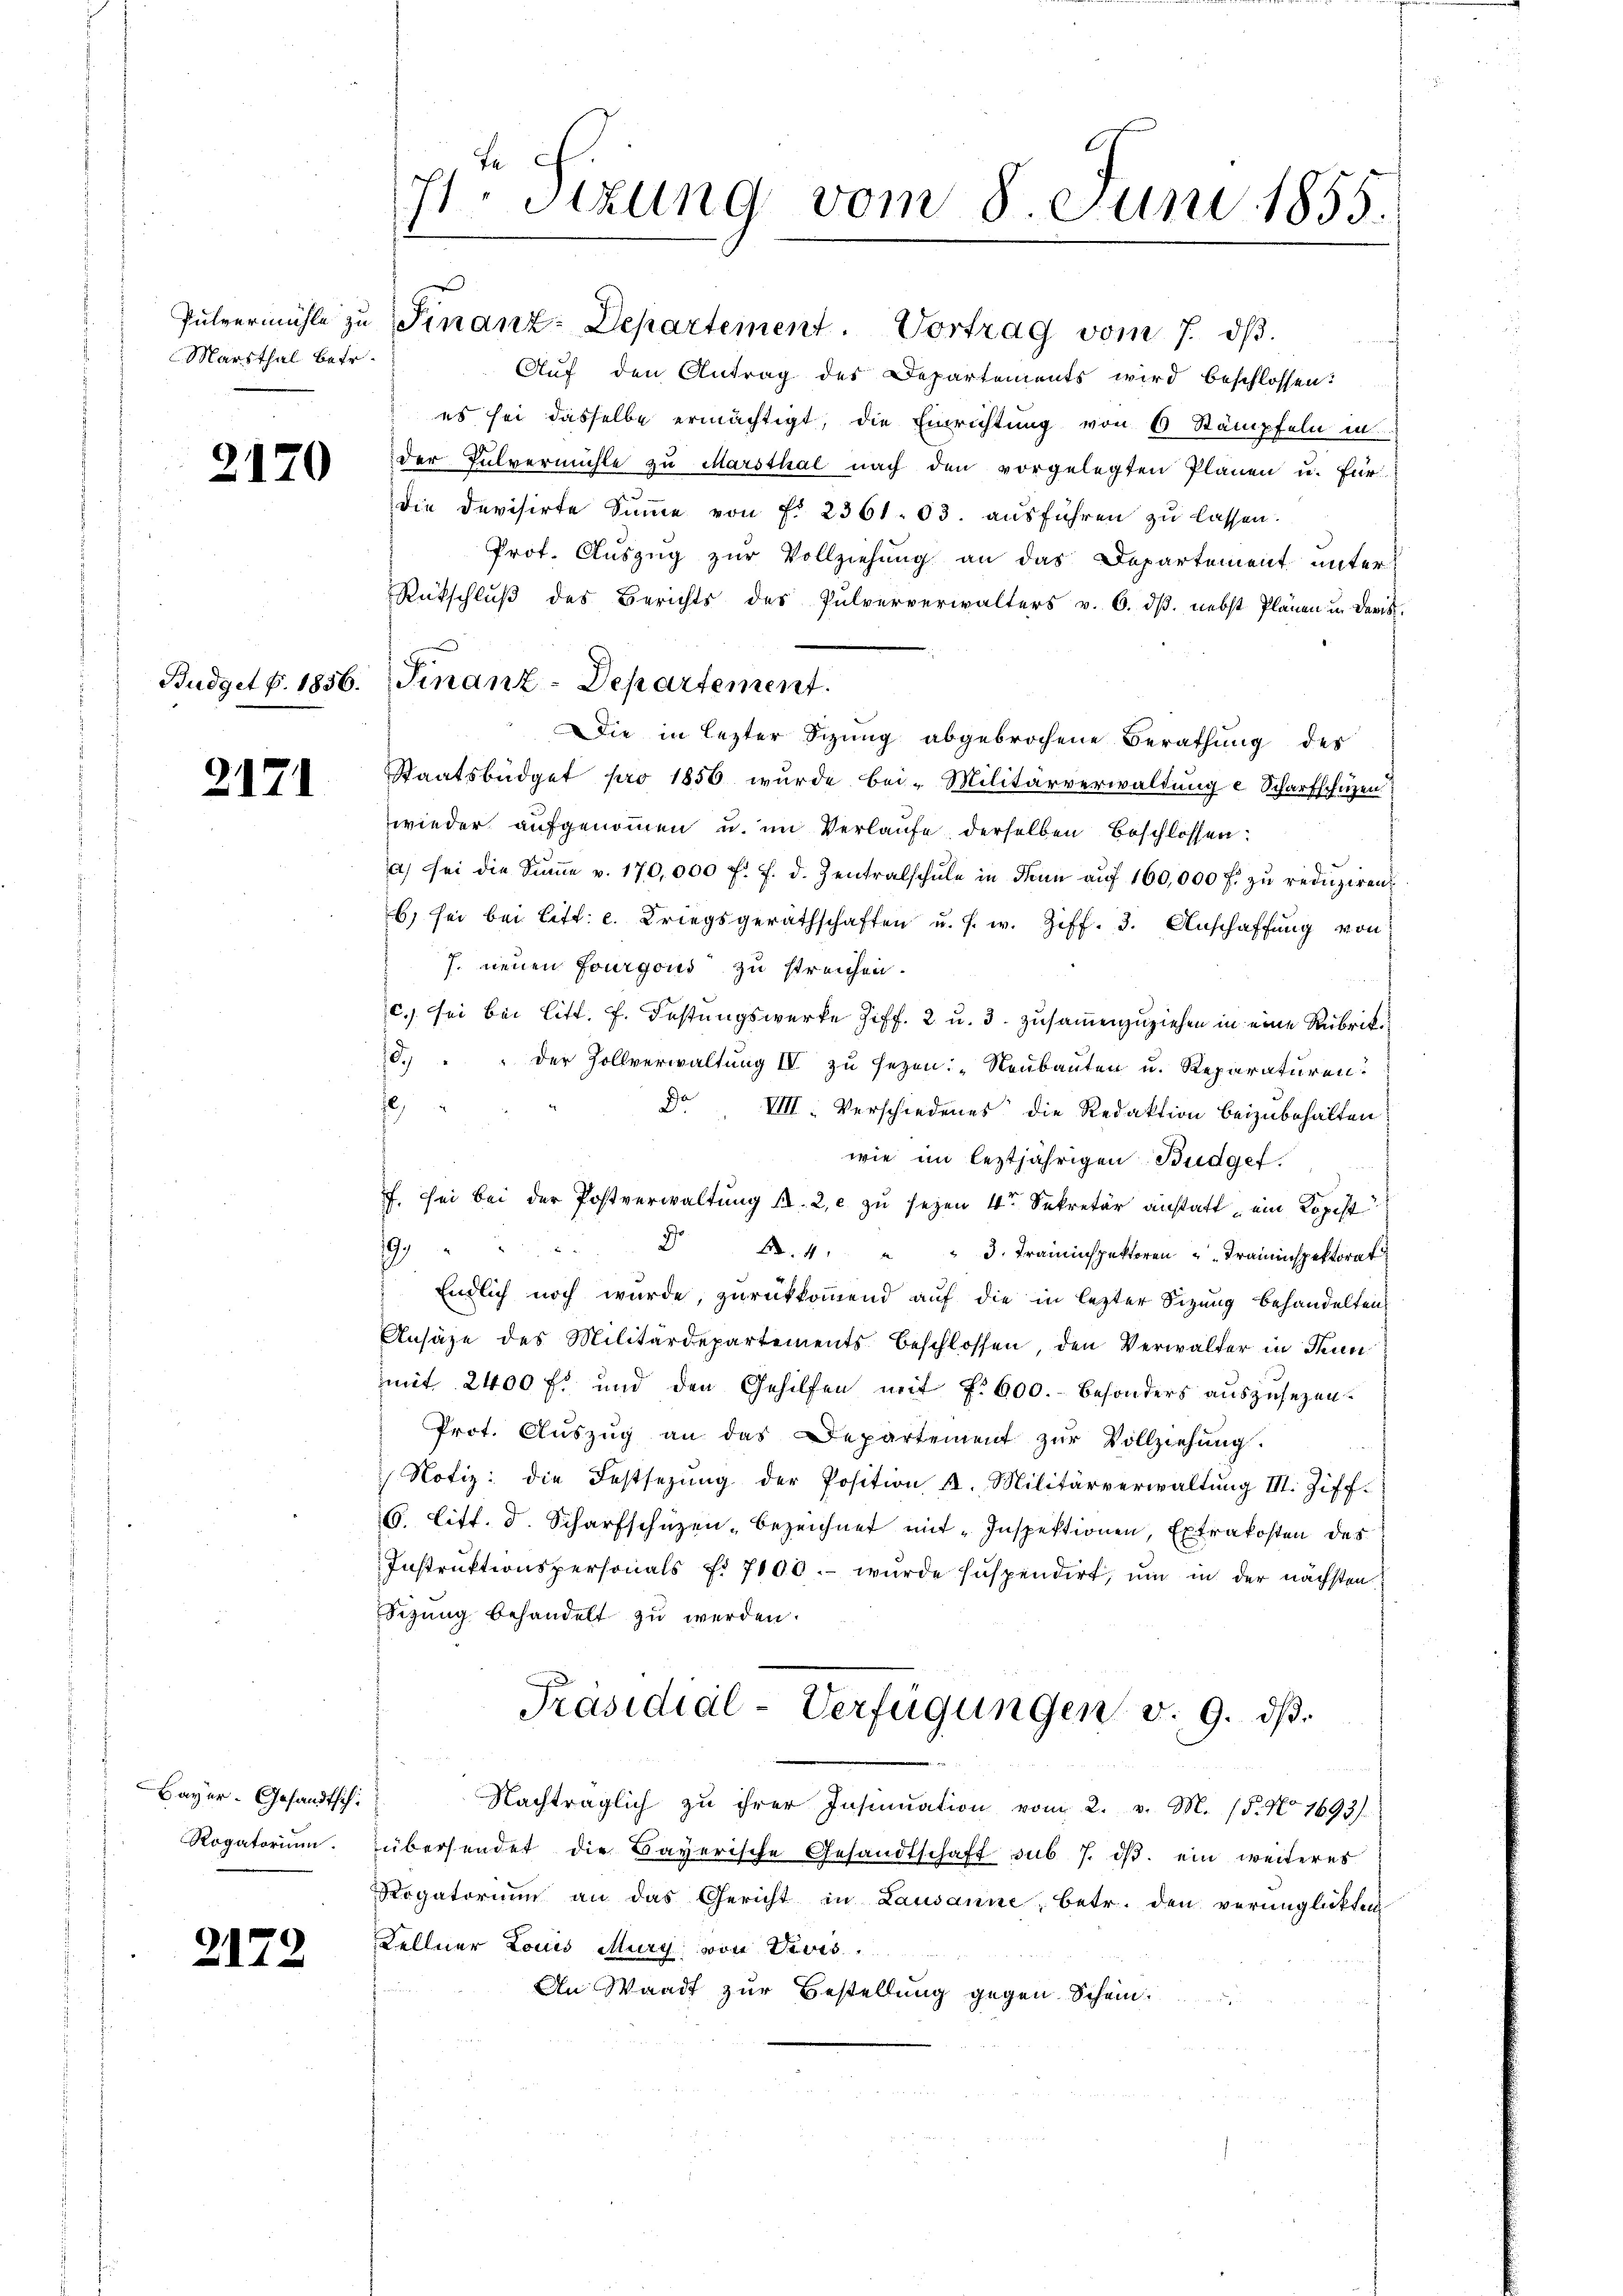
Marsthal betr.

2170

Budget p. 1856.

2171

Bayer. Gesandtschi
Rogatorium.

2172

71. Sizung vom 8. Juni 1855.

Pulvermühle zŭ Finanz-Departement. Vortrag vom 7. dβ.
Auf den Antrag des Departements wird beschlossen:
es sei dasselbe ermächtigt, die Einrichtung von 6 Stämpfeln in
der Pulvermühle zu Marsthal nach den vorgelegten Plänen u. für
die Devisirte Summe von P. 2361. 63. ausführen zu lassen.
Prot. Auszug zur Vollziehung an das Departement unter
Rückschlŭβ des Berichts des Pulververwalters v. 6. dβ. nebst Plänen u. daris.
Die in lezter Sitzung abgebrochene Berathung des
Staatsbüdget pro 1856 wurde bei Militärverwaltunge Scharfschuzen
wieder aufgenommen u. im Verlaufe derselben Beschlossen:
a) sei die Sŭṁe v. 170,000 f. f. d. Zentralschŭle in dann aŭf 160,000 f. zŭ redŭziren
6) sei bei Litt. c. Kriegsgerathschaften u. s. w. Ziff. 3. Anschaffŭng von
J. neuen Fourgoud zu streichen.
c., sei bei Litt. f. Festungswerke Ziff. 2 u. 3. zusammenzuziehen in eine Rubrik¬
0.) " " der Zollverwaltung IV zu sezen: „Neubauten u. Reparaturen.
0
Do VIII. Verschiedenes die Redaktion beizubehalten:
wie im leztjährigen Budget.
f. sei bei der Postverwaltung d. 2, zu seyen 4 Sekretär anstatt „ein Kopist
19.
9
§. 4. " " 3. Traininspektoren Kraininspektorat
 Endlich noch wurde, zurückkommend auf die in lezter Sitzung behandelten,
Ansäze des Militärdepartements beschlossen, den Verwalter in Stein
mit 2400 f. und den Gehilfen mit §. 600. besonders auszusehen.
Prot. Aŭszŭg an das Departement zŭr Vollziehŭng.
 Notiz: die Festsezŭng der Position A. Militärverwaltŭng III. Ziff.
8. litt. d. Scharfschüzen, bezeichnet mit "Inspektionen, Extrakosten des
Instruktionspersonals f. 7100. wurde haspendirt, um in der nächsten
Sizung behandelt zu werden.
Präsidial-Verfügungen v. 9. dβ.
Nachträglich zu ihrer Insinuation vom 2. v. M. (§. No. 1693).
übersendet die Bayerische Gesandtschaft sub 7. ds. ein weiteres
Rogatorium an das Gericht in Lausanne, betr. den verunglückten
Kellner Louis May von Devis
An Waadt zur Bestellung gegen Schein¬

Finanz-Departement.